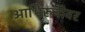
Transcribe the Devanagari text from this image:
आभिरुचीवर